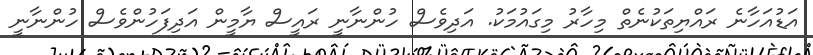
އަޑުއަހާނެ ރައްޔިތަކުނެތް މިހާރު މިގައުމަކު. އަދިވެސް ހުންނާނީ ރައީސް ޔާމީން އަދިފަހުންވެސް ހުންނާނީ